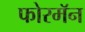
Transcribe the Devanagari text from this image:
फोरमॅन